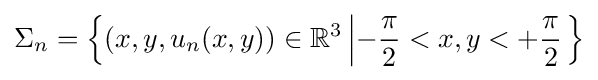
\Sigma _{n}=\left\{(x,y,u_{n}(x,y))\in \mathbb {R} ^{3}\left|-{\frac {\pi }{2}}<x,y<+{\frac {\pi }{2}}\right.\right\}